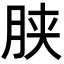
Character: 𣍰